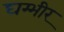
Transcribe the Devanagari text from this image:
घम्भीर